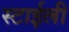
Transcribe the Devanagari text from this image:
स्टाईली